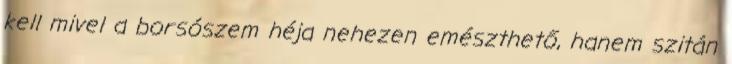
kell mivel a borsószem héja nehezen emészthető, hanem szitán